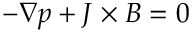
- \nabla p + \boldsymbol { J } \times \boldsymbol { B } = 0